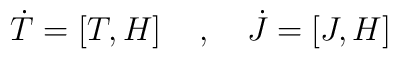
{\dot T}  =  \left[ T, H \right] \quad , \quad{\dot J} =  \left[ J, H \right]